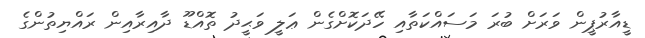
ޑީއާރުޕީން ވަރަށް ބުރަ މަސައްކަތާއި ހޭދަކޮށްގެން ޢަލީ ވަޙީދު ތޮއްޑޫ ދާއިރާއިން ރައްޔިތުންގެ